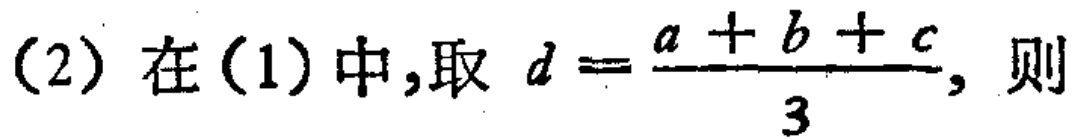
(2) 在(1)中,取 \(d = \frac{a + b + c}{3}\), 则